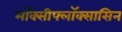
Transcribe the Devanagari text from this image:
मॉक्सीफ्लॉक्सासिन